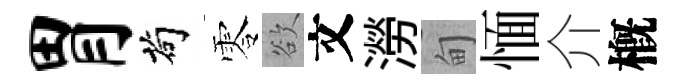
胃茍零欲文澇甸愐介槪